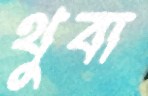
থুবা